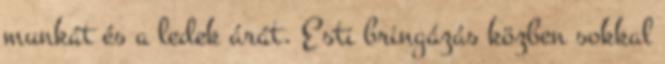
munkát és a ledek árát. Esti bringázás közben sokkal